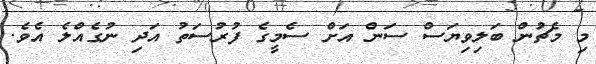
މި މެޗުން ބަލިވިޔަސް ސަން އަށް ސެމީގެ ފުރުސަތު އަދި ނުގެއްލެ އެވެ.